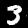
Digit: 3